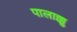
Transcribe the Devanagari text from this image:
पालाक्कु